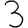
Digit: 3